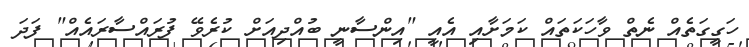
ހަގީގަތެއް ނެތް ވާހަކަތައް ކަމަށާއި އެއީ "އިންސާނީ ބުއްދިއަށް ކުރެވޭ ފުރައްސާރައެއް" ފަދަ